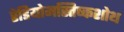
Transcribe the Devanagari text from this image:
रेडियोमस्तिष्कशोथ